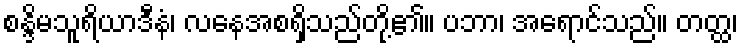
စန္ဒိမသူရိယာဒီနံ၊ လနေအစရှိသည်တို့၏။ ပဘာ၊ အရောင်သည်။ တတ္ထ၊